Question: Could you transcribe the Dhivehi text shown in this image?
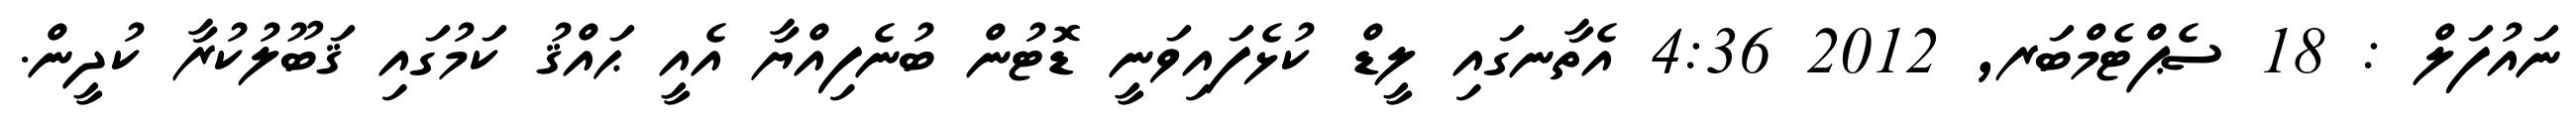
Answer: ނައުފަލް : 18 ސެޕްޓެމްބަރ, 2012 4:36 އެތާނގައި ލީޑް ކުޅެފައިވަނީ ޑޮޓުން ބުނެފިއްޔާ އެއީ ޙައްޤު ކަމުގައި ޤަބޫލުކުރާ ކުދީން.